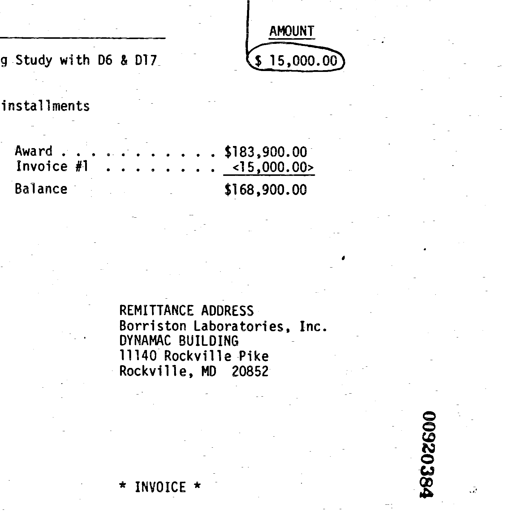
AMOUNT
g Study with D6 & D17 $ 15,000.00
installments
Award . . . . . . . . . . . . $183,900.00
Invoice #1 . . . . . . . . . . <15,000.00>
Balance $168,900.00
REMITTANCE ADDRESS
Borriston Laboratories, Inc.
DYNAMAC BUILDING
11140 Rockville Pike
Rockville, MD 20852
* INVOICE *
00920384